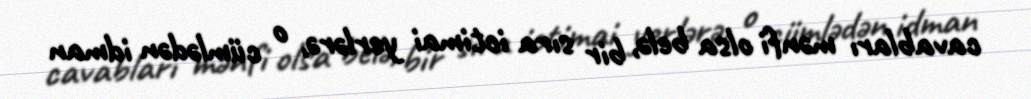
cavabları mənfi olsa belə, bir sıra ictimai yerlərə, o cümlədən idman